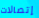
إتصالات